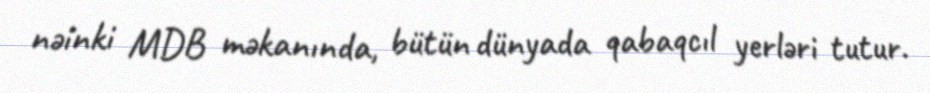
nəinki MDB məkanında, bütün dünyada qabaqcıl yerləri tutur.